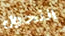
التحول